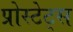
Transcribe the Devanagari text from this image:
प्रोस्टेट्स